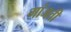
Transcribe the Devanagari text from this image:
गांजती